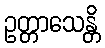
ဥတ္တာသေန္တိ